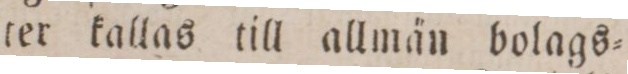
ter kallas till allmän bolags=